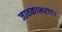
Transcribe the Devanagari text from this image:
जातकाभरण।